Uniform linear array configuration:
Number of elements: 8
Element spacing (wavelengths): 0.25
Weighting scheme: hann
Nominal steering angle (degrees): -30
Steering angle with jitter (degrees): -30.198
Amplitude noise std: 0.05
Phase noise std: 0.05

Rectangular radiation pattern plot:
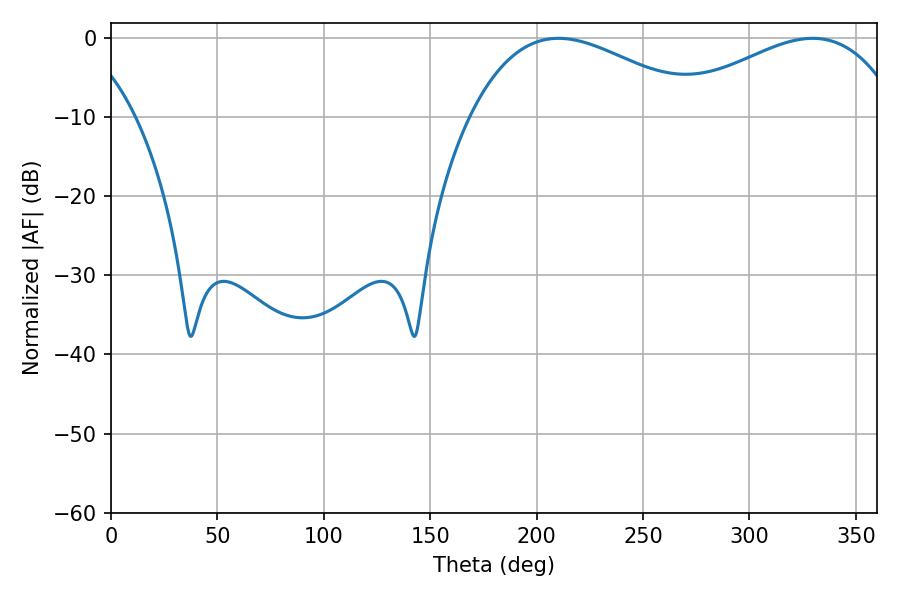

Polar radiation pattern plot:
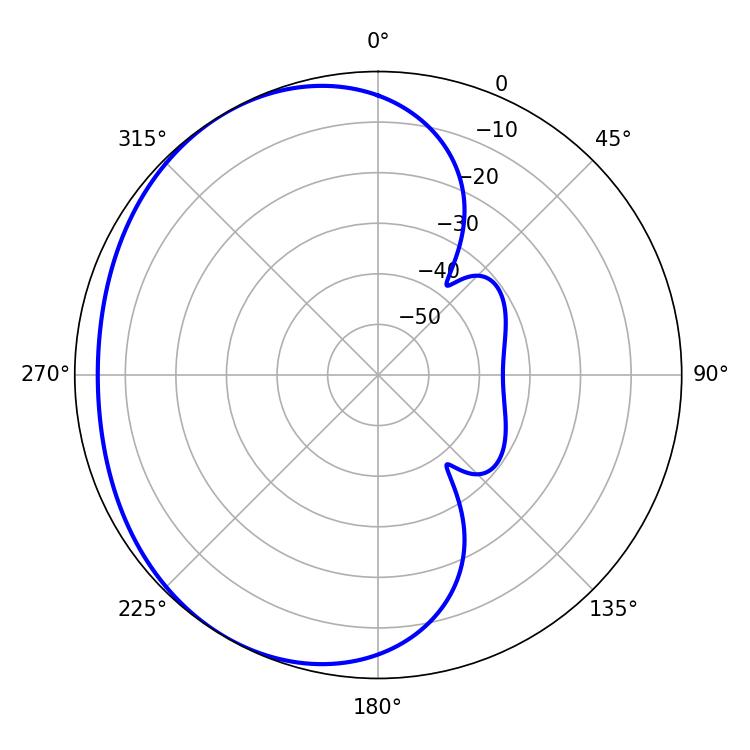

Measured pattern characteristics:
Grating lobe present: FALSE
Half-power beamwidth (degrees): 59.94
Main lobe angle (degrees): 210.24